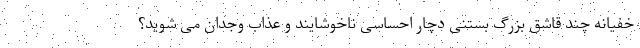
خفیانه چند قاشق بزرگ بستنی دچار احساسی ناخوشایند و عذاب وجدان می شوید؟